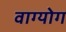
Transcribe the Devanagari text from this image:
वाग्योग